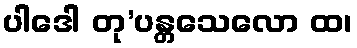
ပါဒေါ တု’ပန္တသေလော ထ၊